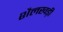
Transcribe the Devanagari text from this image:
शैलखड़ी